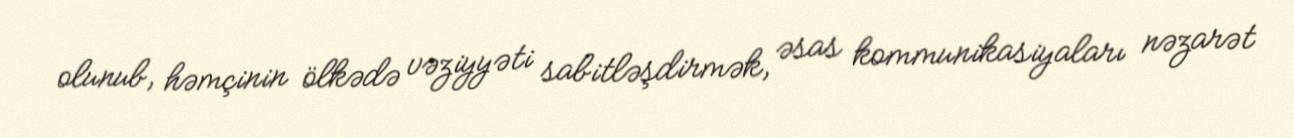
olunub, həmçinin ölkədə vəziyyəti sabitləşdirmək, əsas kommunikasiyaları nəzarət